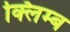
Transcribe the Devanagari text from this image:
क्लिम्ब